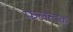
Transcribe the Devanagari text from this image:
फलत्वक्‌